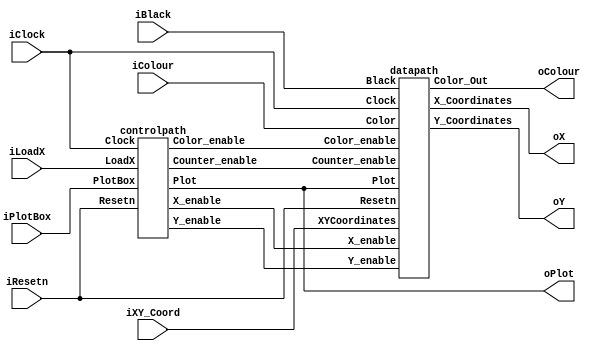

//connecting the datapath and control path

module part2(iResetn,iPlotBox,iBlack,iColour,iLoadX,iXY_Coord,iClock,oX,oY,oColour,oPlot);
   
	parameter X_SCREEN_PIXELS = 8'd160;
   parameter Y_SCREEN_PIXELS = 7'd120;
   
   input wire iResetn, iPlotBox, iBlack, iLoadX;
   input wire [2:0] iColour;
   input wire [6:0] iXY_Coord;
   input wire 	    iClock;
   output wire [7:0] oX;         // VGA pixel coordinates
   output wire [6:0] oY;
   
   output wire [2:0] oColour;     // VGA pixel colour (0-7)
   output wire 	     oPlot;  // Pixel draw enable
	
	wire X_enable, Y_enable, Color_enable, Counter_enable;

   controlpath C0(iClock,iResetn,iLoadX, iPlotBox, X_enable, Y_enable, Color_enable, Counter_enable, oPlot);	
	datapath d0(iClock, iResetn, iXY_Coord, iColour, oPlot, iBlack, X_enable, Y_enable, oX, oY, Counter_enable, Color_enable, oColour);
   
endmodule


// fsm datapath
module datapath(Clock, Resetn, XYCoordinates, Color, Plot, Black, X_enable, Y_enable, X_Coordinates, Y_Coordinates, Counter_enable, Color_enable, Color_Out);
	
	input Clock, Resetn, Plot, Black, X_enable, Y_enable, Color_enable, Counter_enable;
	input [6:0] XYCoordinates;
	input [2:0] Color;
	
	reg [3:0] Counter;
	reg [2:0] temp_color;
	reg [7:0] temp_x; 
	reg [6:0] temp_y;
	
	output reg [7:0] X_Coordinates;
	output reg [6:0] Y_Coordinates;
	output reg [2:0] Color_Out;

	always@(posedge Clock)
	begin
		if(Resetn == 1'b0)
			Counter <= 4'b0;
		else if(Counter == 4'b1111)
			Counter <= 4'b0;
		else if(Counter_enable == 1'b1)
			Counter <= Counter + 1; 
	end
	
	always@(posedge Clock)
	begin
		if(Resetn == 1'b0)
			temp_x <= 8'b0;	
		else if (X_enable == 1'b1)
			temp_x <= {1'b0, XYCoordinates};
	end
	

	always@(posedge Clock)
	begin
		if(Resetn == 1'b0)
			temp_y <= 7'b0;
		else if (Y_enable == 1'b1)
			temp_y <= XYCoordinates;
	end	

	always@(posedge Clock)
	begin
		if(Resetn == 1'b0)
			temp_color <= 3'b0;
		else if(Black == 1)
			temp_color <= 3'b0;
		else if (Color_enable == 1'b1)
			temp_color <= Color;
	end	
		
	always @(posedge Clock)
	begin
		if(Resetn == 1'b0)
			begin
				X_Coordinates <= 0;
				Y_Coordinates <= 0;
				Color_Out <= 0;
			end
		else if(Plot == 1'b1)
			begin
				X_Coordinates <= temp_x + Counter[1:0];
				Y_Coordinates <= temp_y + Counter[3:2];
				Color_Out <= temp_color;
			end
	end

endmodule


// control path
module controlpath(Clock, Resetn, LoadX, PlotBox, X_enable, Y_enable, Color_enable, Counter_enable, Plot);

	localparam S_LOAD_X = 3'd0, S_LOAD_X_WAIT = 3'd1, S_LOAD_Y_COLOUR = 3'd2, S_LOAD_Y_WAIT = 3'd3, S_DRAW = 3'd4;
	
	input Clock, Resetn, LoadX, PlotBox;
	
	output reg X_enable, Y_enable, Color_enable;
	output reg Counter_enable;
	output reg Plot;
	
	reg [3:0] now, next;
	
	
	always@(*)
	begin: state_table
		case(now)
			S_LOAD_X: next = LoadX ? S_LOAD_X_WAIT : S_LOAD_X;
			S_LOAD_X_WAIT: next = LoadX ? S_LOAD_X_WAIT : S_LOAD_Y_COLOUR;
			S_LOAD_Y_COLOUR: next = PlotBox ? S_LOAD_Y_WAIT : S_LOAD_Y_COLOUR;
			S_LOAD_Y_WAIT: next = PlotBox ? S_LOAD_Y_WAIT : S_DRAW;
			S_DRAW: next = LoadX ? S_LOAD_X : S_DRAW;
			default next = S_LOAD_X;
		endcase
	end
	
	always@(posedge Clock)
	begin
		if(Resetn == 1'b0)
			now <= S_LOAD_X;
		else 
			now <= next;
	end
	
	always @(*)
   begin: enable_signals
       X_enable = 0;
		 Y_enable = 0;
		 Color_enable = 0;
		 Plot = 0;

       case (now)
           S_LOAD_X_WAIT: 
					begin
						X_enable = 1'b1;
               end
           S_LOAD_Y_COLOUR: 
					begin
						Y_enable = 1'b1;
						Color_enable = 1'b1;
               end
           S_DRAW: 
					begin 
						Plot = 1'b1;
						Counter_enable = 1'b1;
					end
        endcase
    end 
	
	

endmodule